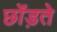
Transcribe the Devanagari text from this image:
छोंड़ते